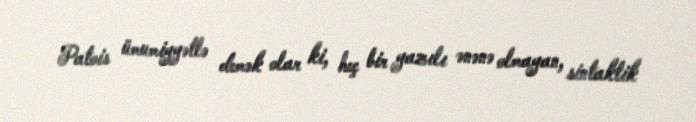
Patois ümumiyyətlə demək olar ki, heç bir yazılı ənənə olmayan, sintaktik